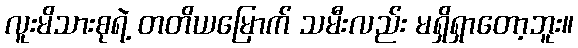
လူးမိသားစုရဲ့ တတိယမြောက် သမီးလည်း မရှိရှာတော့ဘူး။